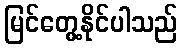
မြင်တွေ့နိုင်ပါသည်